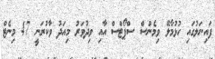
ފައިނަލުގައި ހުޅުމާލޭ ވިމެންސް ސްޕޯޓްސް އާއި ވިދުވަރު މިއަދު ވާކުރަނީ 47 މިނެޓް